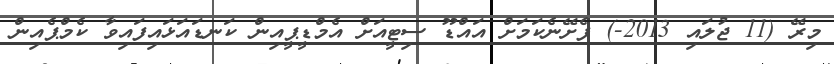
މިރޭ (11 ޖުލައި 2013-) ފެށޭނެކަމަށް އައްޑޫ ސިޓީއަށް އެމްޑީޕީއިން ކަނޑައަޅައިފައިވާ ކެމްޕެއިން